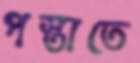
পস্তাতে